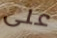
على